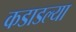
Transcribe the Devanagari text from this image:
कडाडल्या